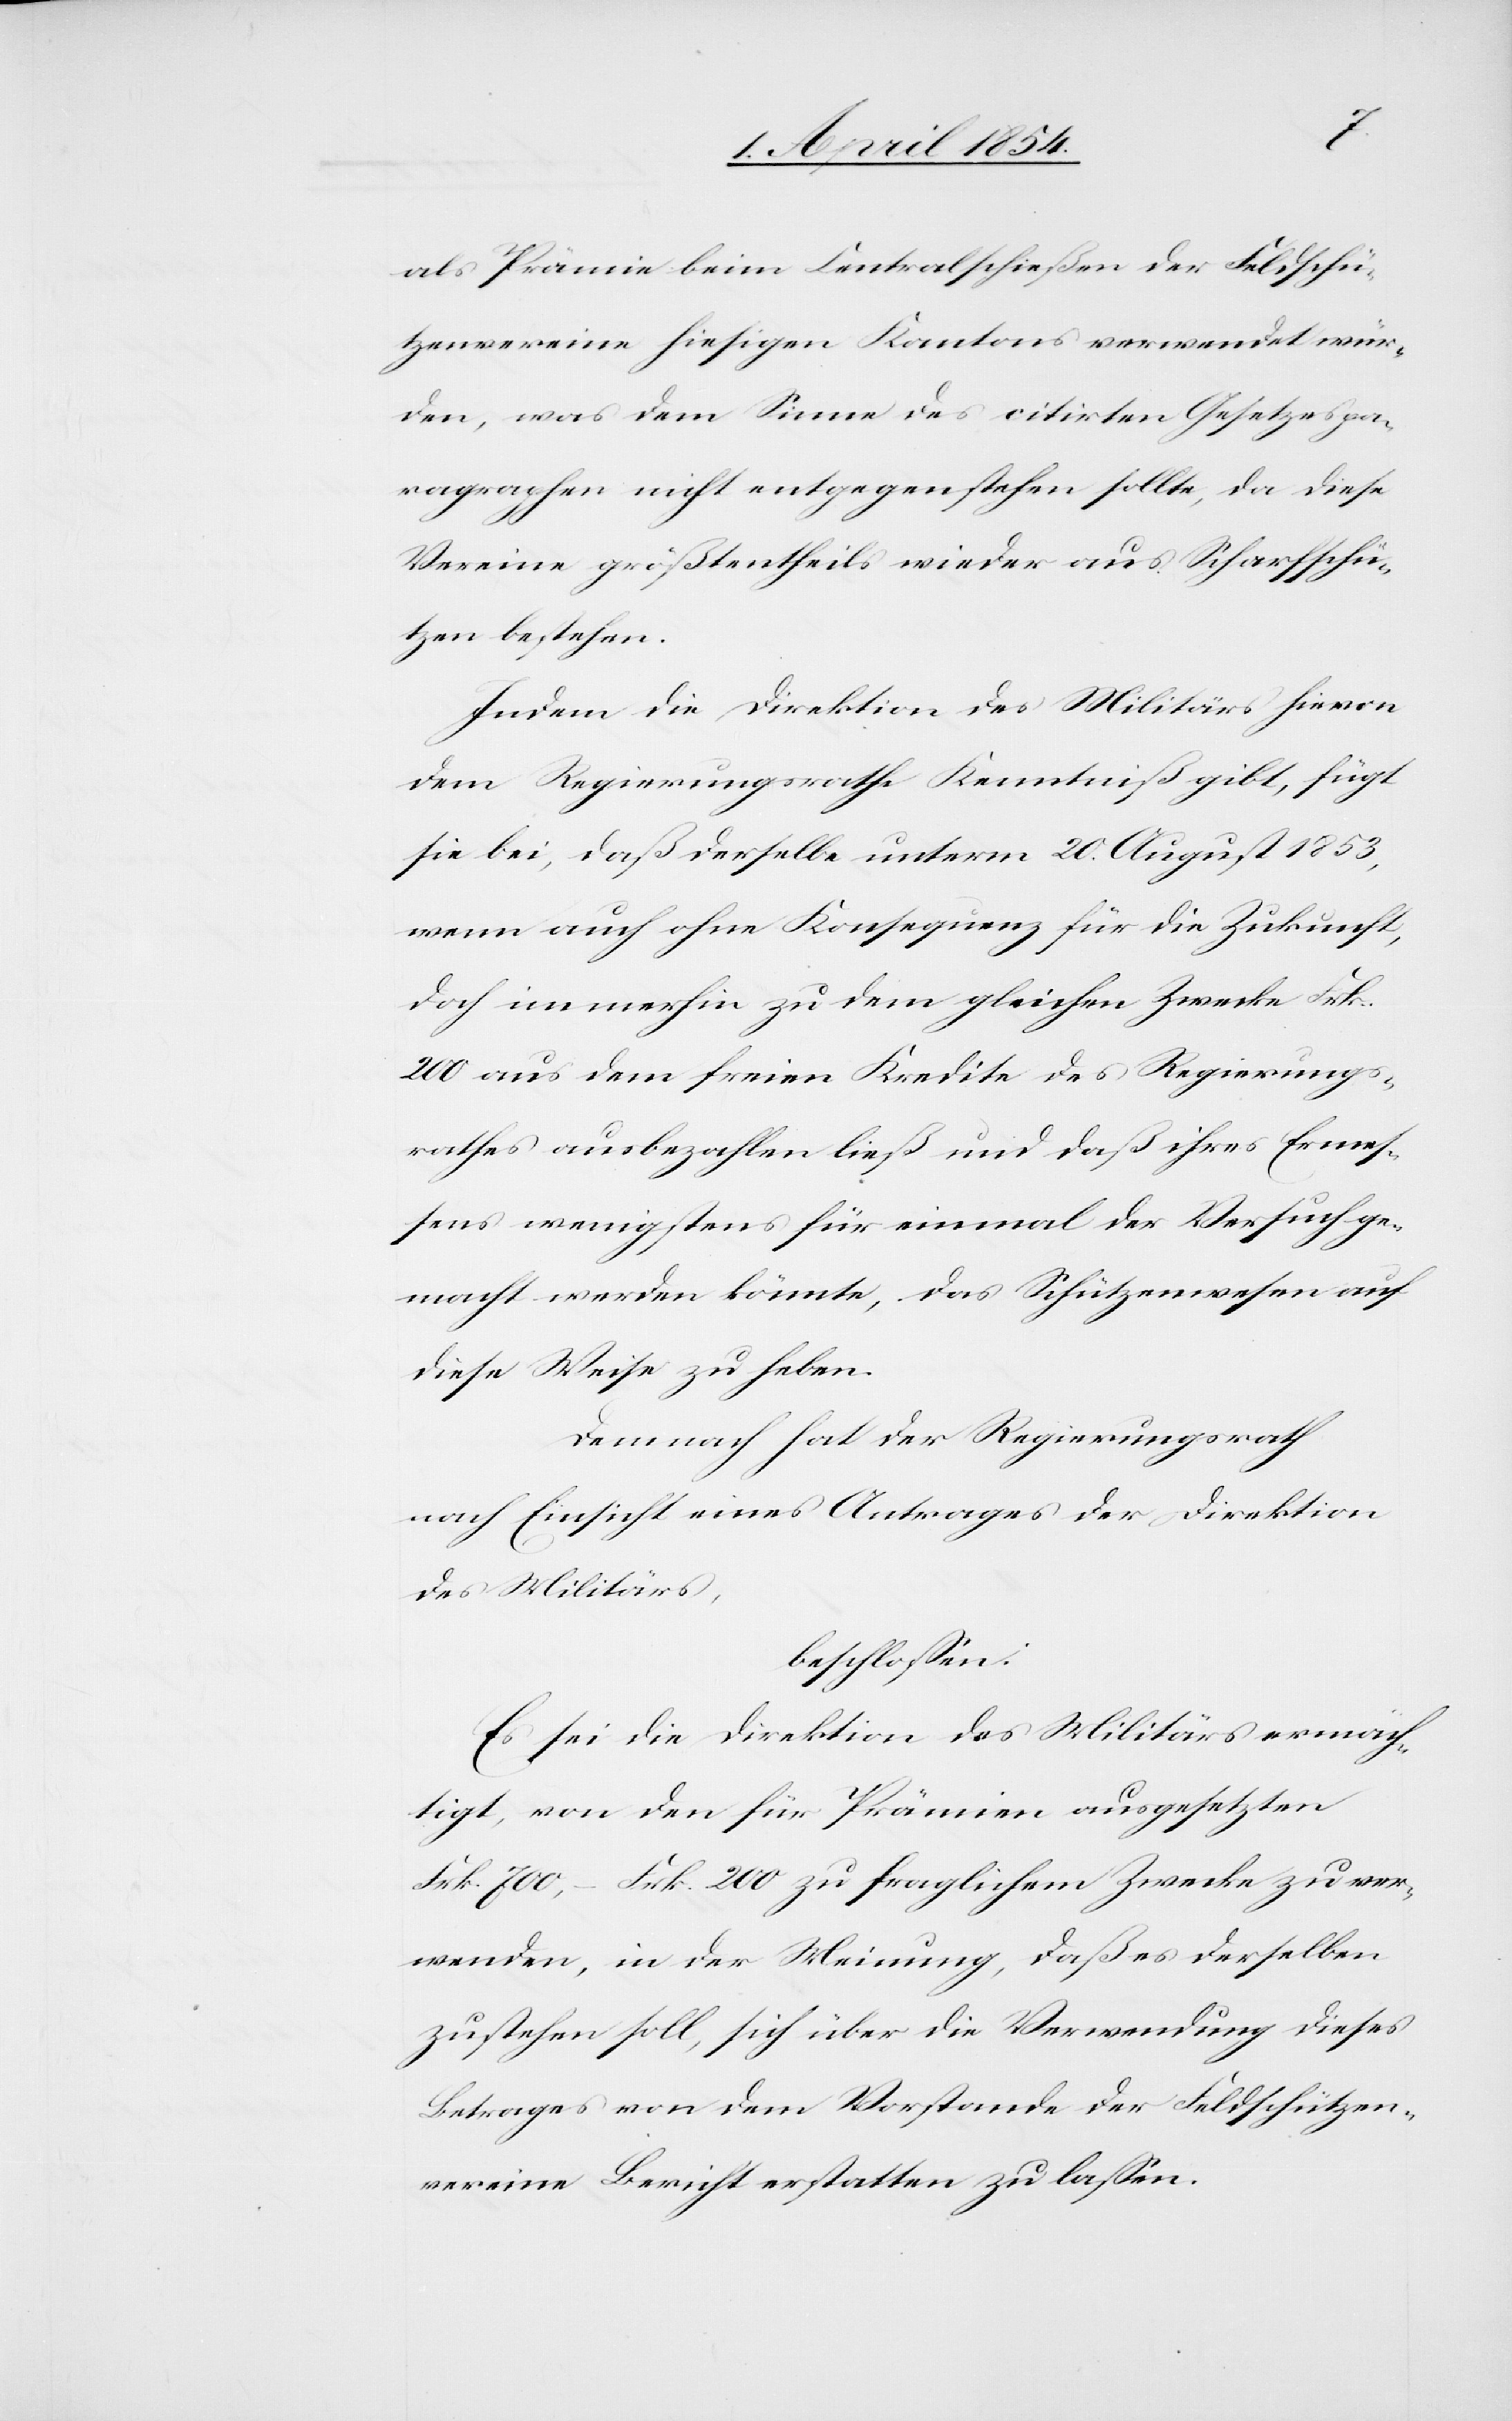
als Prämie beim Centralschießen der Feldschü¬
tzenvereine hiesigen Kantons verwendet wür¬
den, was dem Sinne des citirten Gesetzespa¬
ragraphen nicht entgegenstehen sollte, da diese
Vereine größtentheils wieder aus Scharfschü¬
tzen bestehen.
Indem die Direktion des Militärs hievon
dem Regierungsrathe Kenntniß gibt, fügt
sie bei, daß derselbe unterm 20. August 1853,
wenn auch ohne Konsequenz für die Zukunft,
doch immerhin zu dem gleichen Zwecke Fr.
200 aus dem freien Kredite des Regierungs¬
rathes ausbezahlen ließ und daß ihres Ermes¬
sens wenigstens für einmal der Versuch ge¬
macht werden könnte, das Schützenwesen auf
diese Weise zu heben.
Demnach hat der Regierungsrath
nach Einsicht eines Antrages der Direktion
des Militärs,
beschlossen:
Es sei die Direktion des Militärs ermäch¬
tigt, von den für Prämien ausgesetzten
Frk. 700.– Frk. 200 zu fraglichem Zwecke zu ver¬
wenden, in der Meinung, daß es derselben
zustehen soll, sich über die Verwendung dieses
Betrages von dem Vorstande der Feldschützen¬
vereine Bericht erstatten zu laßen.